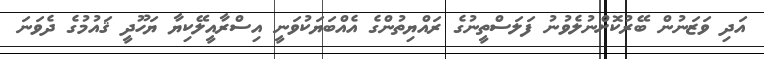
އަދި ވަޒަނުން ބޭރުކޮށްނުލެވުނު ފަލަސްތީނުގެ ރައްޔިތުންގެ އެއްބަޔަކުވަނީ އިސްރާއީލޭކިޔާ ޔަހޫދީ ޤައުމުގެ ދެވަނަ